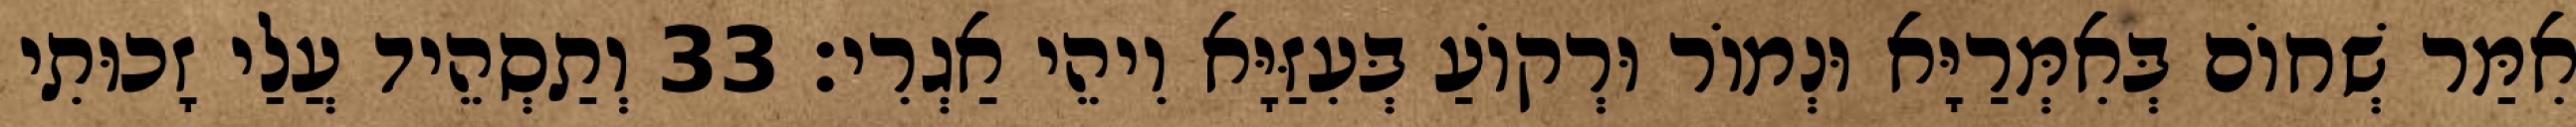
אִמַּר שְׁחוֹם בְּאִמְּרַיָּא וּנְמוֹר וּרְקוֹעַ בְּעִזַּיָּא וִיהֵי אַגְרִי׃ 33 וְתַסְהֵיד עֲלַי זָכוּתִי